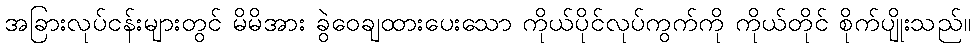
အခြားလုပ်ငန်းများတွင် မိမိအား ခွဲဝေချထားပေးသော ကိုယ်ပိုင်လုပ်ကွက်ကို ကိုယ်တိုင် စိုက်ပျိုးသည်။